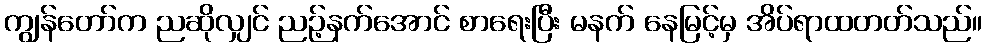
ကျွန်တော်က ညဆိုလျှင် ညဉ့်နက်အောင် စာရေးပြီး မနက် နေမြင့်မှ အိပ်ရာထတတ်သည်။